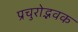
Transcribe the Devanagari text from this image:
प्रचुरोद्भवक